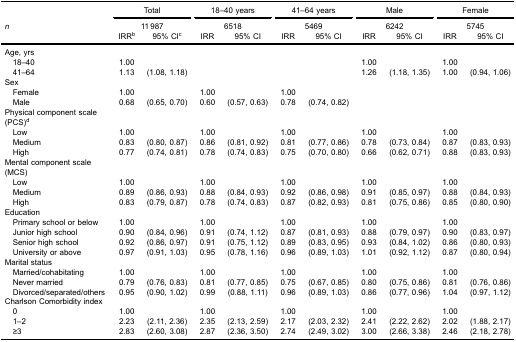
<table><thead><tr><td><b> </b></td><td colspan="2"><b>Total</b></td><td colspan="2"><b>18–40 years</b></td><td colspan="2"><b>41–64 years</b></td><td colspan="2"><b>Male</b></td><td colspan="2"><b>Female</b></td></tr><tr><td><b><i>n</i></b></td><td colspan="2"><b>11 987</b></td><td colspan="2"><b>6518</b></td><td colspan="2"><b>5469</b></td><td colspan="2"><b>6242</b></td><td colspan="2"><b>5745</b></td></tr><tr><td><b> </b></td><td><b>IRR<sup>b</sup></b></td><td><b>95% CI<sup>c</sup></b></td><td><b>IRR</b></td><td><b>95% CI</b></td><td><b>IRR</b></td><td><b>95% CI</b></td><td><b>IRR</b></td><td><b>95% CI</b></td><td><b>IRR</b></td><td><b>95% CI</b></td></tr></thead><tbody><tr><td>Age, yrs</td><td colspan="10"> </td></tr><tr><td> 18–40</td><td>1.00</td><td> </td><td> </td><td> </td><td> </td><td> </td><td>1.00</td><td> </td><td>1.00</td><td> </td></tr><tr><td> 41–64</td><td>1.13</td><td>(1.08, 1.18)</td><td> </td><td> </td><td> </td><td> </td><td>1.26</td><td>(1.18, 1.35)</td><td>1.00</td><td>(0.94, 1.06)</td></tr><tr><td>Sex</td><td colspan="10"> </td></tr><tr><td> Female</td><td>1.00</td><td> </td><td>1.00</td><td> </td><td>1.00</td><td> </td><td> </td><td> </td><td> </td><td> </td></tr><tr><td> Male</td><td>0.68</td><td>(0.65, 0.70)</td><td>0.60</td><td>(0.57, 0.63)</td><td>0.78</td><td>(0.74, 0.82)</td><td> </td><td> </td><td> </td><td> </td></tr><tr><td>Physical component scale(PCS)<sup>d</sup></td><td colspan="10"> </td></tr><tr><td> Low</td><td>1.00</td><td> </td><td>1.00</td><td> </td><td>1.00</td><td> </td><td>1.00</td><td> </td><td>1.00</td><td> </td></tr><tr><td> Medium</td><td>0.83</td><td>(0.80, 0.87)</td><td>0.86</td><td>(0.81, 0.92)</td><td>0.81</td><td>(0.77, 0.86)</td><td>0.78</td><td>(0.73, 0.84)</td><td>0.87</td><td>(0.83, 0.93)</td></tr><tr><td> High</td><td>0.77</td><td>(0.74, 0.81)</td><td>0.78</td><td>(0.74, 0.83)</td><td>0.75</td><td>(0.70, 0.80)</td><td>0.66</td><td>(0.62, 0.71)</td><td>0.88</td><td>(0.83, 0.93)</td></tr><tr><td>Mental component scale(MCS)</td><td colspan="10"> </td></tr><tr><td> Low</td><td>1.00</td><td> </td><td>1.00</td><td> </td><td>1.00</td><td> </td><td>1.00</td><td> </td><td>1.00</td><td> </td></tr><tr><td> Medium</td><td>0.89</td><td>(0.86, 0.93)</td><td>0.88</td><td>(0.84, 0.93)</td><td>0.92</td><td>(0.86, 0.98)</td><td>0.91</td><td>(0.85, 0.97)</td><td>0.88</td><td>(0.84, 0.93)</td></tr><tr><td> High</td><td>0.83</td><td>(0.79, 0.87)</td><td>0.78</td><td>(0.74, 0.83)</td><td>0.87</td><td>(0.82, 0.93)</td><td>0.81</td><td>(0.75, 0.86)</td><td>0.85</td><td>(0.80, 0.90)</td></tr><tr><td>Education</td><td colspan="10"> </td></tr><tr><td> Primary school or below</td><td>1.00</td><td> </td><td>1.00</td><td> </td><td>1.00</td><td> </td><td>1.00</td><td> </td><td>1.00</td><td> </td></tr><tr><td> Junior high school</td><td>0.90</td><td>(0.84, 0.96)</td><td>0.91</td><td>(0.74, 1.12)</td><td>0.87</td><td>(0.81, 0.93)</td><td>0.88</td><td>(0.79, 0.97)</td><td>0.90</td><td>(0.83, 0.97)</td></tr><tr><td> Senior high school</td><td>0.92</td><td>(0.86, 0.97)</td><td>0.91</td><td>(0.75, 1.12)</td><td>0.89</td><td>(0.83, 0.95)</td><td>0.93</td><td>(0.84, 1.02)</td><td>0.86</td><td>(0.80, 0.93)</td></tr><tr><td> University or above</td><td>0.97</td><td>(0.91, 1.03)</td><td>0.95</td><td>(0.78, 1.16)</td><td>0.96</td><td>(0.89, 1.03)</td><td>1.01</td><td>(0.92, 1.12)</td><td>0.87</td><td>(0.80, 0.94)</td></tr><tr><td>Marital status</td><td colspan="10"> </td></tr><tr><td> Married/cohabitating</td><td>1.00</td><td> </td><td>1.00</td><td> </td><td>1.00</td><td> </td><td>1.00</td><td> </td><td>1.00</td><td> </td></tr><tr><td> Never married</td><td>0.79</td><td>(0.76, 0.83)</td><td>0.81</td><td>(0.77, 0.85)</td><td>0.75</td><td>(0.67, 0.85)</td><td>0.80</td><td>(0.75, 0.86)</td><td>0.81</td><td>(0.76, 0.86)</td></tr><tr><td> Divorced/separated/others</td><td>0.95</td><td>(0.90, 1.02)</td><td>0.99</td><td>(0.88, 1.11)</td><td>0.96</td><td>(0.89, 1.03)</td><td>0.86</td><td>(0.77, 0.96)</td><td>1.04</td><td>(0.97, 1.12)</td></tr><tr><td>Charlson Comorbidity index</td><td colspan="10"> </td></tr><tr><td> 0</td><td>1.00</td><td> </td><td>1.00</td><td> </td><td>1.00</td><td> </td><td>1.00</td><td> </td><td>1.00</td><td> </td></tr><tr><td> 1–2</td><td>2.23</td><td>(2.11, 2.36)</td><td>2.35</td><td>(2.13, 2.59)</td><td>2.17</td><td>(2.03, 2.32)</td><td>2.41</td><td>(2.22, 2.62)</td><td>2.02</td><td>(1.88, 2.17)</td></tr><tr><td> ≥3</td><td>2.83</td><td>(2.60, 3.08)</td><td>2.87</td><td>(2.36, 3.50)</td><td>2.74</td><td>(2.49, 3.02)</td><td>3.00</td><td>(2.66, 3.38)</td><td>2.46</td><td>(2.18, 2.78)</td></tr></tbody></table>